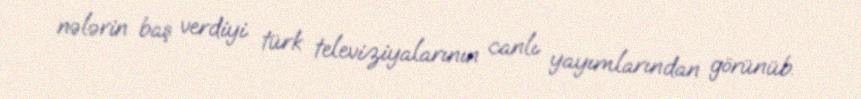
nələrin baş verdiyi türk televiziyalarının canlı yayımlarından görünüb.